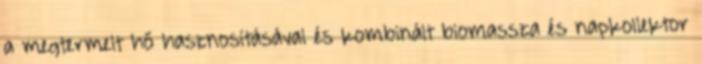
a megtermelt hő hasznosításával és kombinált biomassza és napkollektor